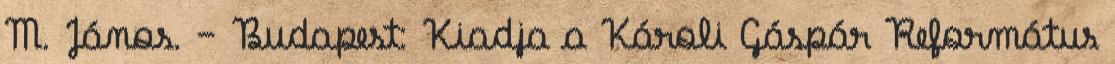
M. János. – Budapest: Kiadja a Károli Gáspár Református